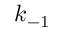
k _ { - 1 }